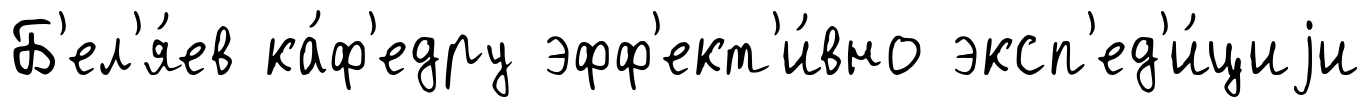
Б'ел'я́ев ка́ф'едру эфф'ект'и́вно эксп'ед'и́циjи